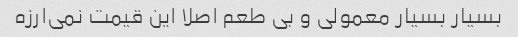
بسیار بسیار معمولی و بی طعم اصلا این قیمت نمی‌ارزه